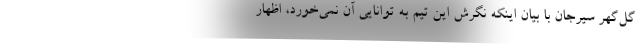
گل‌گهر سیرجان با بیان اینکه نگرش این تیم به توانایی آن نمی‌خورد، اظهار